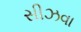
સીઝવા